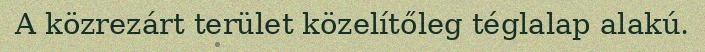
A közrezárt terület közelítőleg téglalap alakú.